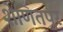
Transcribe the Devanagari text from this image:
शेणितपुर